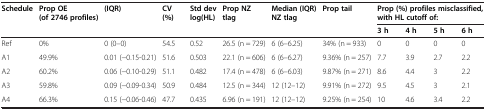
| <ROWSPAN=2> Schedule | <ROWSPAN=2> Prop OE (of 2746 profiles) | <ROWSPAN=2> (IQR) | <ROWSPAN=2> CV (%) | <ROWSPAN=2> Std dev log(HL) | <ROWSPAN=2> Prop NZ tlag | <ROWSPAN=2> Median (IQR) NZ tlag | <ROWSPAN=2> Prop tail | <COLSPAN=4> Prop (%) profiles misclassified, with HL cutoff of: |
 | 3 h | 4 h | 5 h | 6 h |
 | --- | --- | --- | --- | --- | --- | --- | --- | --- | --- | --- | --- |
 | Ref | 0% | 0 (0–0) | 54.5 | 0.52 | 26.5 (n = 729) | 6 (6–6.25) | 34% (n = 933) | 0 | 0 | 0 | 0 |
 | A1 | 49.9% | 0.01 (-0.15-0.21) | 51.6 | 0.503 | 22.1 (n = 606) | 6 (6–6.27) | 9.36% (n = 257) | 7.7 | 3.9 | 2.7 | 2.2 |
 | A2 | 60.2% | 0.06 (-0.10-0.29) | 51.1 | 0.482 | 17.4 (n = 478) | 6 (6–6.03) | 9.87% (n = 271) | 8.6 | 4.4 | 3 | 2.2 |
 | A3 | 59.8% | 0.09 (-0.09-0.34) | 50.9 | 0.484 | 12.5 (n = 344) | 12 (12–12) | 9.91% (n = 272) | 9.5 | 4.5 | 3 | 2.1 |
 | A4 | 66.3% | 0.15 (-0.06-0.46) | 47.7 | 0.435 | 6.96 (n = 191) | 12 (12–12) | 9.25% (n = 254) | 10 | 4.6 | 3.4 | 2.2 |